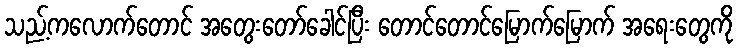
သည့်ကလောက်တောင် အတွေးတော်ခေါင်ပြီး တောင်တောင်မြောက်မြောက် အရေးတွေကို